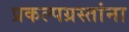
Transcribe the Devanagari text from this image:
प्रकल्पग्रस्तांना